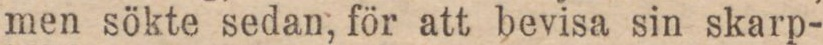
men sökte sedan, för att bevisa sin skarp-